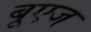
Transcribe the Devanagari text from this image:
बूएज